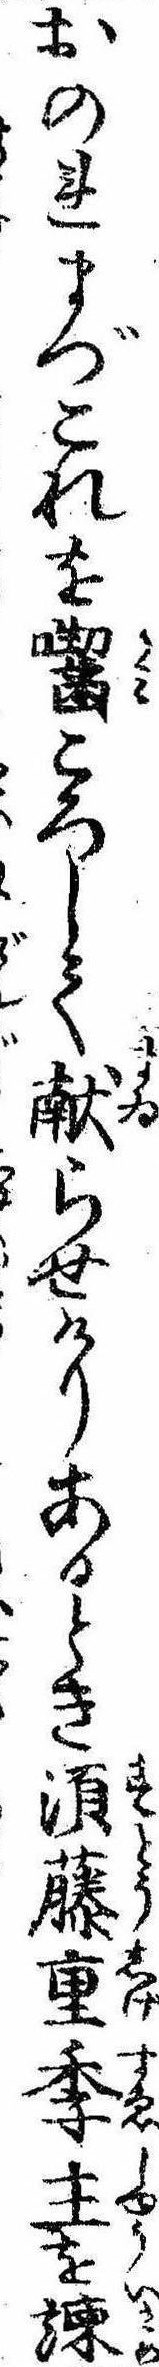
おのれまづこれを囓ころして献らせけりあるとき須藤重季主を諌